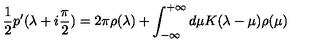
{ \frac { 1 } { 2 } } p ^ { \prime } ( \lambda + i { \frac { \pi } { 2 } } ) = 2 \pi \rho ( \lambda ) + \int _ { - \infty } ^ { + \infty } d \mu K ( \lambda - \mu ) \rho ( \mu )